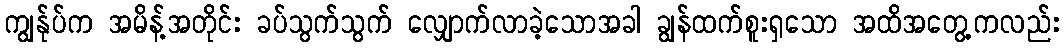
ကျွန်ုပ်က အမိန့်အတိုင်း ခပ်သွက်သွက် လျှောက်လာခဲ့သောအခါ ချွန်ထက်စူးရှသော အထိအတွေ့ကလည်း